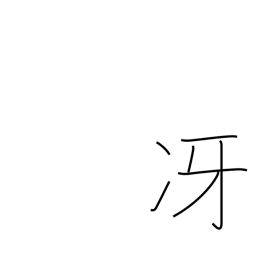
Meaning: be clear